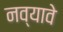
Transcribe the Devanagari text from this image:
नव्यावे